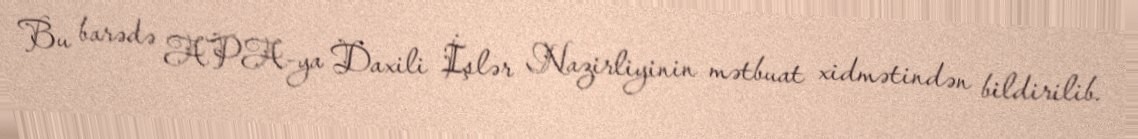
Bu barədə APA-ya Daxili İşlər Nazirliyinin mətbuat xidmətindən bildirilib.